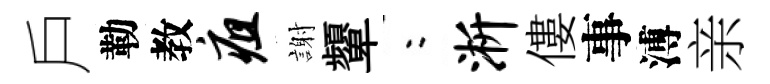
戶勒教疽謝顰欸淅僂事溥亲